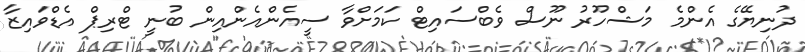
ދުނިޔޭގެ އެންމެ މަޝްހޫރު ނޫސް ވެބްސައިޓް ކަމަށްވާ ސީއެންއެންއިން ބުނީ ޓްރިޕް އެޑްވައިޒާ